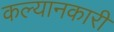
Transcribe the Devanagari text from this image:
कल्यानकारी